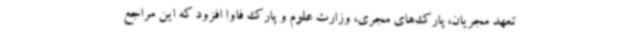
تعهد مجریان، پارک‌های مجری، وزارت علوم و پارک فاوا افزود که این مراجع